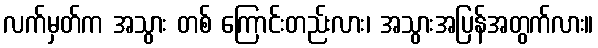
လက်မှတ်က အသွား တစ် ကြောင်းတည်းလား၊ အသွားအပြန်အတွက်လား။